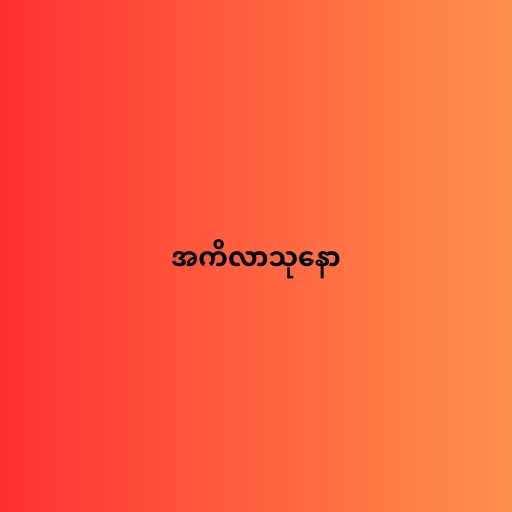
အကိလာသုနော